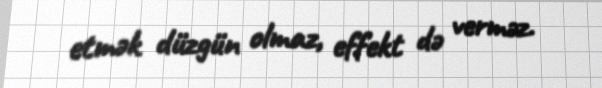
etmək düzgün olmaz, effekt də verməz.